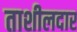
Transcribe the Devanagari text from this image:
ताशीलदार